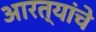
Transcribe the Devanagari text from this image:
आरत्यांचे